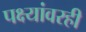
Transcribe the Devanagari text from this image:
पक्ष्यांवरही